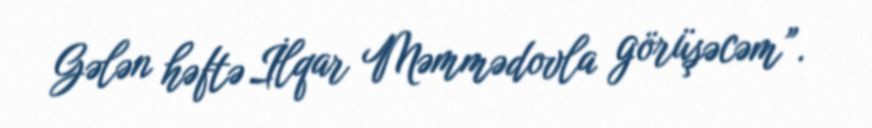
Gələn həftə İlqar Məmmədovla görüşəcəm”.